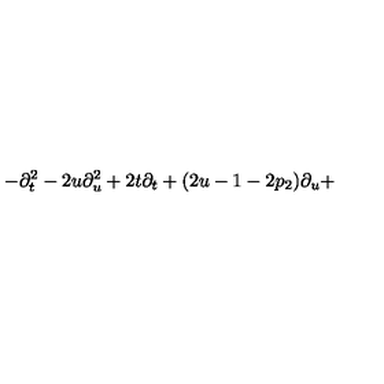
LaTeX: - \partial _ { t } ^ { 2 } - 2 u \partial _ { u } ^ { 2 } + 2 t \partial _ { t } + ( 2 u - 1 - 2 p _ { 2 } ) \partial _ { u } +